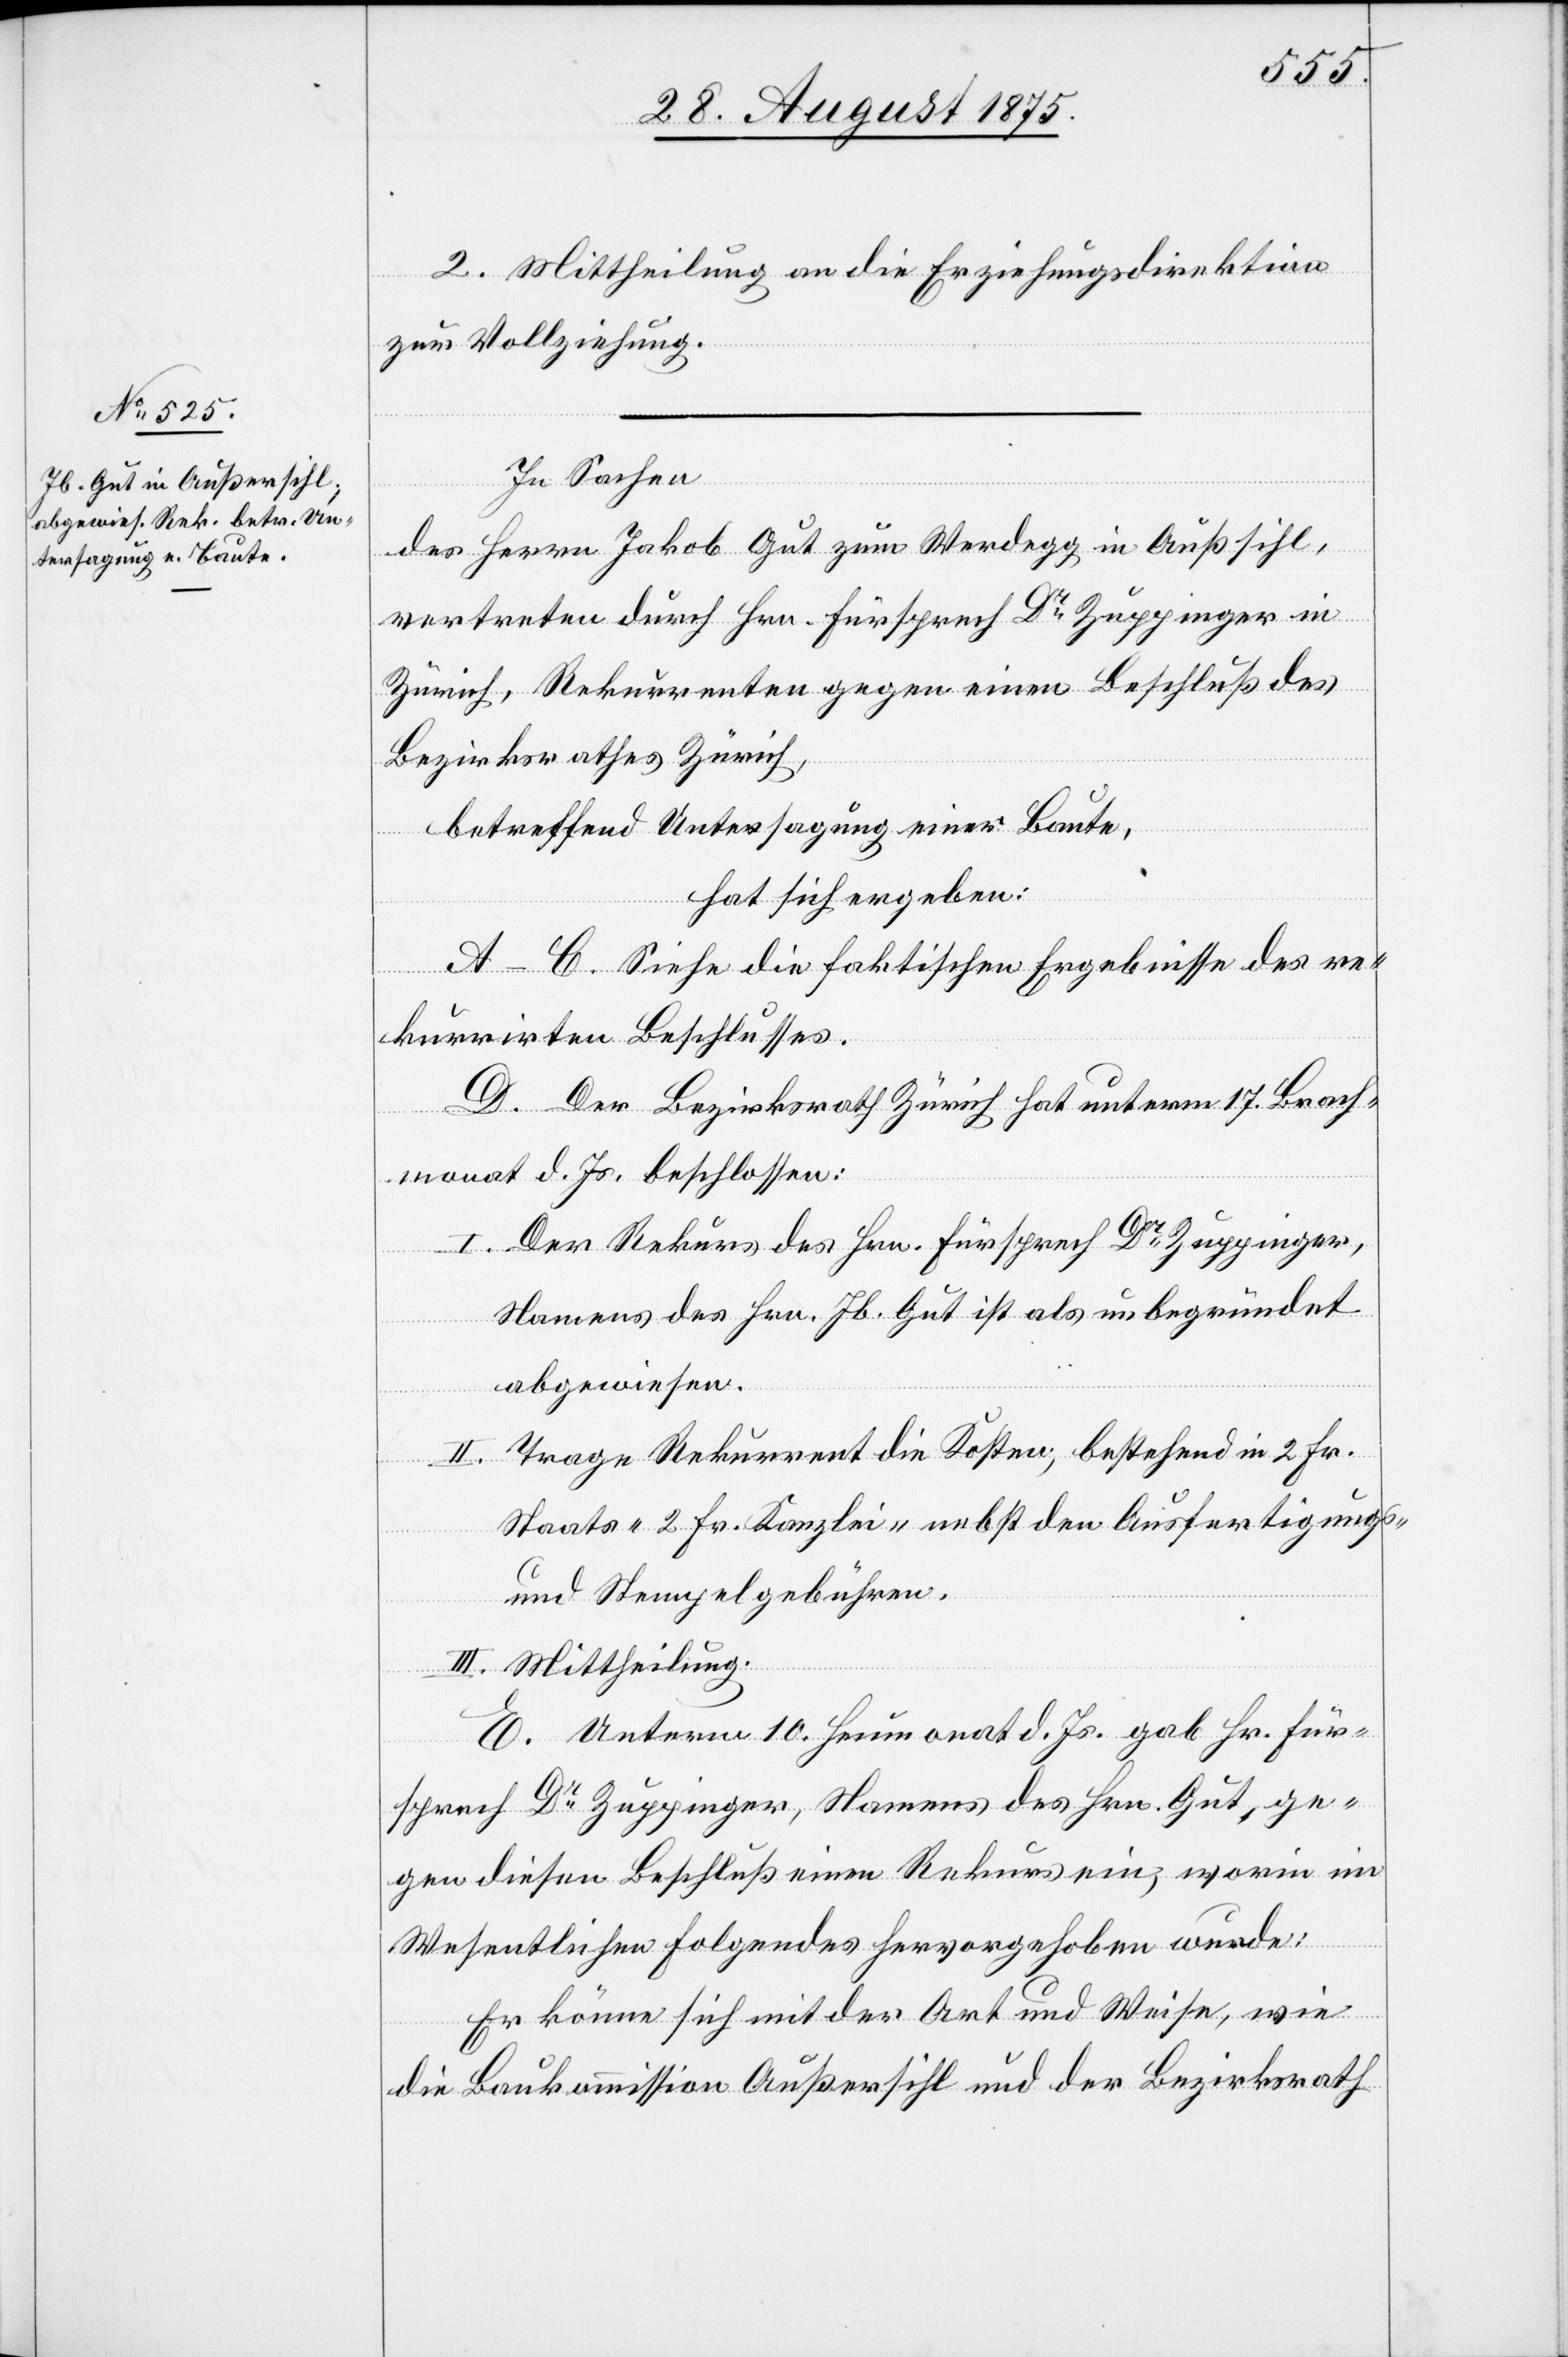
2. Mittheilung an die Erziehungsdirektion
zur Vollziehung.
In Sachen
des Herrn Jakob Gut zum Werdegg in Außersihl,
vertreten durch Hrn. Fürsprech Dr Zuppinger in
Zürich, Rekurrenten gegen einen Beschluß des
Bezirksrathes Zürich,
betreffend Untersagung einer Baute,
hat sich ergeben:
A – C. Siehe die faktischen Ergebnisse des re¬
kurrirten Beschlusses.
D. Der Bezirksrath Zürich hat unterm 17. Brach¬
monat d. Js. beschlossen:
I. Der Rekurs des Hrn. Fürsprech Dr Zuppinger,
Namens des Hrn. Jb. Gut ist als unbegründet
abgewiesen.
II. Trage Rekurrent die Kosten, bestehend in 2 Fr.
Staats- 2 Fr. Kanzlei- nebst den Ausfertigungs-
und Stempelgebühren.
III. Mittheilung.
E. Unterm 10. Heumonat d. Js. gab Hr. Für¬
sprech Dr Zuppinger, Namens des Hrn. Gut, ge¬
gen diesen Beschluß einen Rekurs ein, worin im
Wesentlichen folgendes hervorgehoben wurde:
Er könne sich mit der Art und Weise, wie
die Baukommission Außersihl und der Bezirksrath